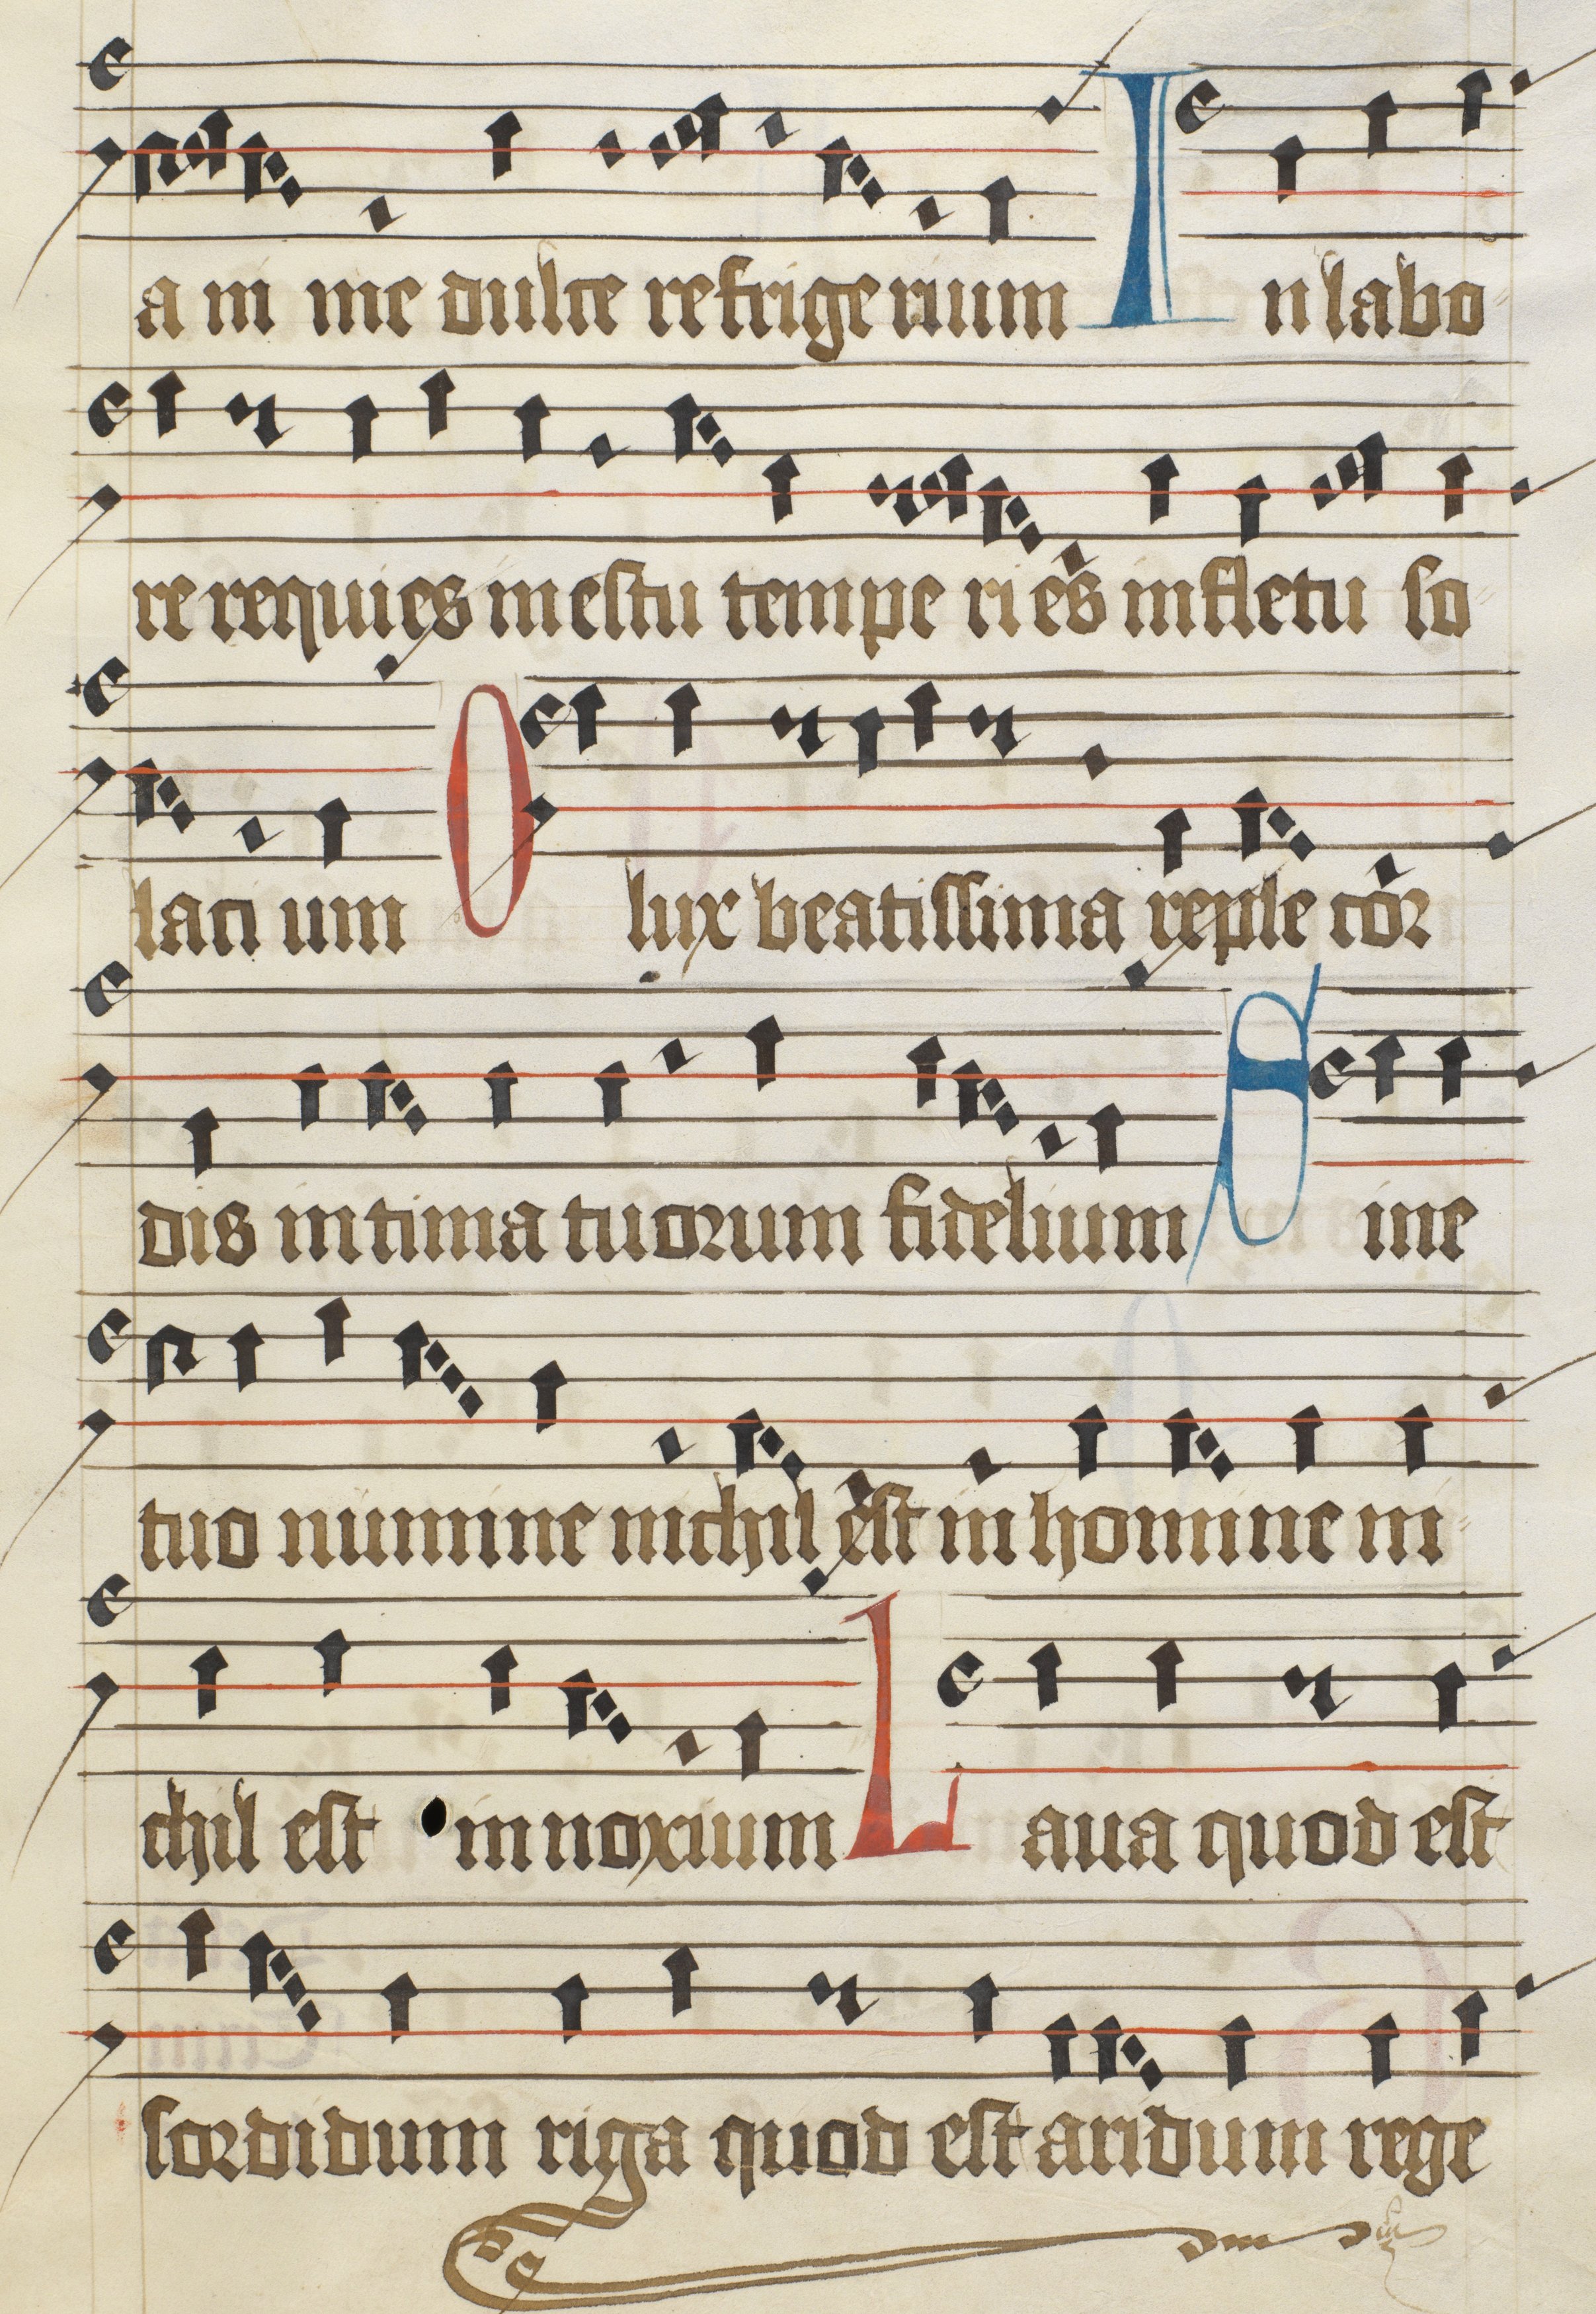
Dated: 1475–1499